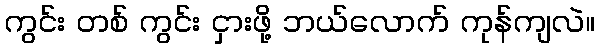
ကွင်း တစ် ကွင်း ငှားဖို့ ဘယ်လောက် ကုန်ကျလဲ။